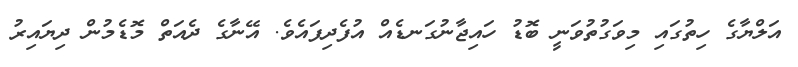
އަލްޔާގެ ހިތުގައި މިވަގުތުވަނީ ބޮޑު ހައިޖާނުގަނޑެއް އުފެދިފައެވެ. އޭނާގެ ދެއަތް މޮޑެމުން ދިޔައިރު